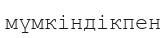
мүмкіндікпен